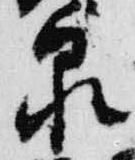
泉